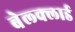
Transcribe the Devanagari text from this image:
बेल्क्लार्ड